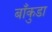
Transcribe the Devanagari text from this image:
बाँकुडा